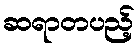
ဆရာတပည့်